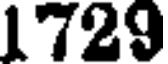
1729